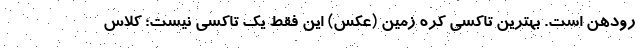
رودهن است. بهترین تاکسی کره زمین (عکس) این فقط یک تاکسی نیست؛ کلاس